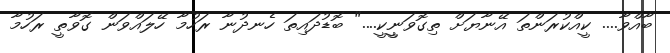
ބާއްވާ.... ކީއްކުރަންތަ އޭނާޔަށް ތިގޮވަނީީކީ...." ބޮޑުދައިތަ ހެނދުނާ ރަހުމާ ހޭލައްވަން ގޮވާތީ ރަހުމާ